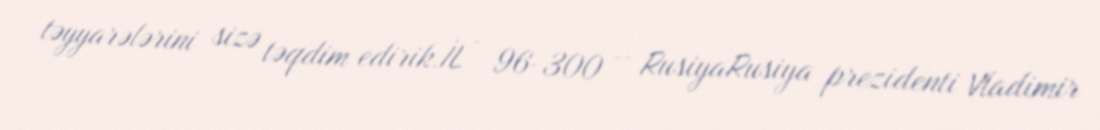
təyyarələrini sizə təqdim edirik.İL - 96-300 – RusiyaRusiya prezidenti Vladimir